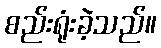
စည်းရုံးခဲ့သည်။